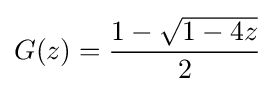
G(z)={\frac {1-{\sqrt {1-4z}}}{2}}